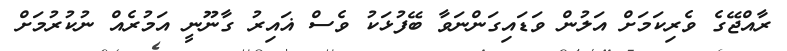
ރާއްޖޭގެ ވެރިކަމަށް އަލުން ވަޑައިގަންނަވާ ބޭފުޅަކު ވެސް ޣައިރު ގާނޫނީ އަމުރެއް ނުކުރުމަށް